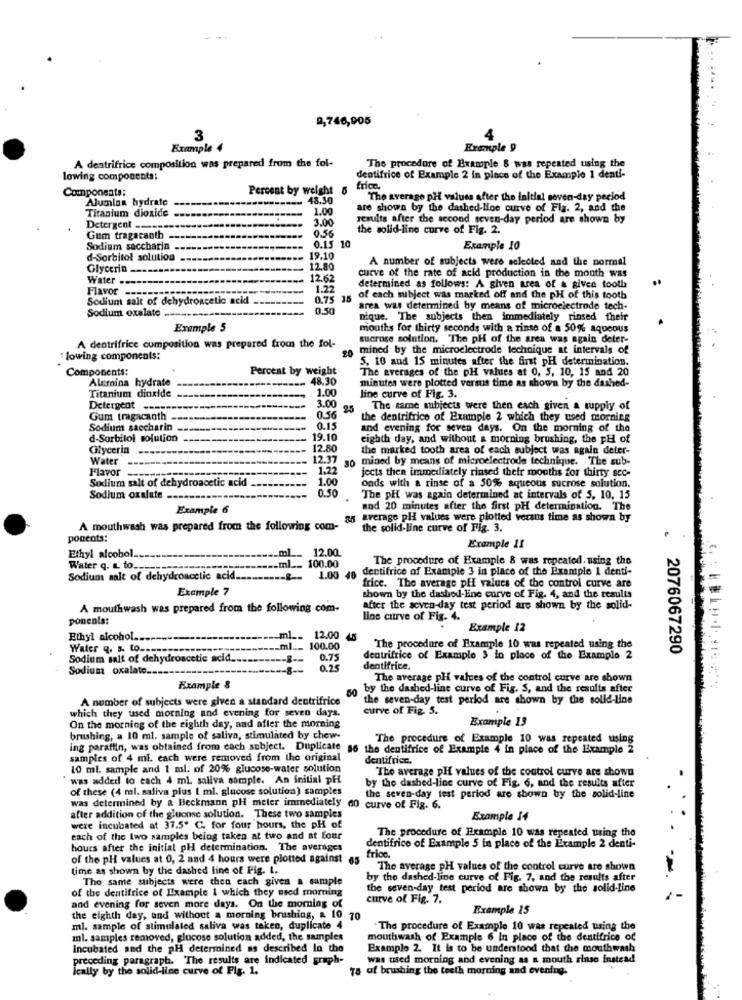
9,746,005
3
4
Example 4
Example 9
A dentrifrice composition was prepared from the fol-
The procedure of Example 8 was repeated using the
lowing components:
dentifrice of Example 2 in place of the Example 1 denti-
Components:
Percent by weight 6
trice.
Alunlan hydrate
48.30
The average pH values after the initial seven-day period
1.00
are shown by the dashed-Hoe curve of Fla. 2, and the
Titanium dioxide
3.00
results after the second seven-day period are shown by
Detergent -
0.56
the solid-line curve of Fig. 2.
Gum tragacanth
Sodium saccharin
0.15
Example 10
d-Sorbitol solution
19.10
A number of subjects were selected and the normal
Glycerin
12.80
curve of the rate of acid production in the mouth was
Water -
12.62
Flavor
1.22
determined as follows: A given area of a given tooth
Sodium salt of dehydroacetic acid
0.75 15
of each subject was marked off and the pH of this tooth
Sodium oxalate
0.50
area was determined by means of microelectrode tech-
nique. The subjects then immediately rinsed their
Exemple 5
mouths for thirty seconds with a rinse of a 50% aqueous
sucrose solution. The pH of the area was again deter-
A dentrifrice composition was prepared from the fol-
mined by the microelectrode technique at intervals of
: lowing componenls:
5. 10 and 15 minutes after the first pH determination.
Components:
Percent by weight
The averages of the pH values at 0, 5, 10, 15 and 20
Alumina hydrate
- 48.30
minutes were plotted versus time as shown by the dashed-
1.00
Titanium dioxide
line curve of Fig. 3.
Detergent -----
3.00
25
The same subjects were then each given a supply of
Gum tragacanth
0.56
the dentrifrico of Example 2 which they used morning
Sodium saccharin
0.15
and evening for seven days. On the morning of the
d-Sorbitol solution
19.10
eighth day, and without & morning brushing, the pH of
Glycerin
12.80
the marked tooth area of each subject was again deter-
Water
12.37
go mined by means of microelectrode technique. The sub-
Flavor
1.22
jects then immediately rinsed their mouths for thirty sec-
Sodium salt of dehydroacetic acid
1.00
0.50
onds with a rinse of a 50% aqueous sucrose solution.
Sodium oxalate
The pH was again determined at intervals of 5, 10, 15
Example 6
and 20 minutes after the first pH determination. The
ag average pH values were plotted versus time as shown by
A mouthwash was prepared from the following com-
the solid-line curve of Fig. 3.
poccots:
_ml ___
12.00
Example 11
Ethyl alcohol.
100.00
The procedure of Example & was repeated. using the
Water q. L. to ...
.ml __
dentifrice of Example 3 in place of the Example I denti-
Sodium salt of dehydroacetic acid __
1.00 40
Example 7
frice. The average pff values of the control curve are
shown by the dashed-line curve of Fig. 4, and the results
A mouthwash was prepared from the following com-
after the seven-day test period are shown by the solid-
ponents:
line curve of Fig. 4.
Example 12
Ethyl alcohol --------
ml __ 12.00
12.00
Water q. s. to --------
-ml __ 100.00
"The procedure of Example 10 was repeated using the
. 2076067290
Sodium salt of dehydroacetic acid ..
--- 8 --
0.75
dentrifrice of Example 3 in place of the Example 2
Sodium oxalate.
0,25
dentifrice.
The average pli values of the control curve are shown
Example &
50
by the dashed-line curve of Fig. S, and the results after
A number of subjects were given a standard dentrifrice
the seven-day test perlod are shown by the solid-line
which they used morning and evening for seven days.
curve of Fig. 5.
Example 13
On the morning of the eighth day, and after the morning
brushing, a 10 ml. sample of saliva, stimulated by chew-
The procedure of Example 10 was repeated using
ing paraffin, was obtained from each subject. Duplicate
86 the dentifrice of Example 4 in place of the Example 2
samples of 4 mi. cach were removed from the original
dentifrice.
10 ml. sample and 1 ml. of 20% glucose-water solution
The average pH values of the control curve are shown
" was added to each 4 ml. saliva sample. An initial pH
by the dashed-line curve of Fig. 6, and the results after
of these (4 ml. saliva plus [ ml. glucose solution) samples
was determined by a Beckmann pH meter immediately
the seven-day test period are shown by the solid-line
60 curve of Fig. 6.
after addition of the glucose solution. These two samples
Example 14
were incubated at 37.5. C. for four hours, the pH of
The procedure of Example 10 was repeated using the
each of the two samples being taken at two and at four
hours after the initial pH determination. The averages
dentifrice of Example 5 in place of the Example 2 denti-
frico.
of the pH values at 0, 2 and 4 hours were plotted against
65
time as shown by the dashed line of Fig. 1.
The average pH values of the control curve are shown
The same subjects were then cach given a sample
by the dashed-line curve of Fig. 7. and the results after
of the dentifrice of Example i which they used morning
the seven-day test period are shown by the solid-line
Curve of Fig. 7.
and evening for seven more days. On the morning of
Example 15
the eighth day, and without a morning brushing, & 10
70
ml. sample of stimulated saliva was taken, duplicate 4
.The procedure of Example 10 was repeated using the
ml. samples removed, glucose solution added, the samples
mouthwash of Example 6 In place of the dentifrice of
incubated and the pH determined as described In the
Example 2. It is to be understood that the mouthwash
preceding paragraph. The results are indicated graph-
was used morning and evening as a mouth rinso instead
Ically by the solid-line curve of Fig. 1.
Ts of brushing the teeth morning and evening.